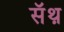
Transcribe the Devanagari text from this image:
सॅथ़